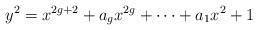
\begin{align*}y^2 = x^{2g+2} + a_g x^{2g} + \cdots + a_1 x^2 + 1 \end{align*}